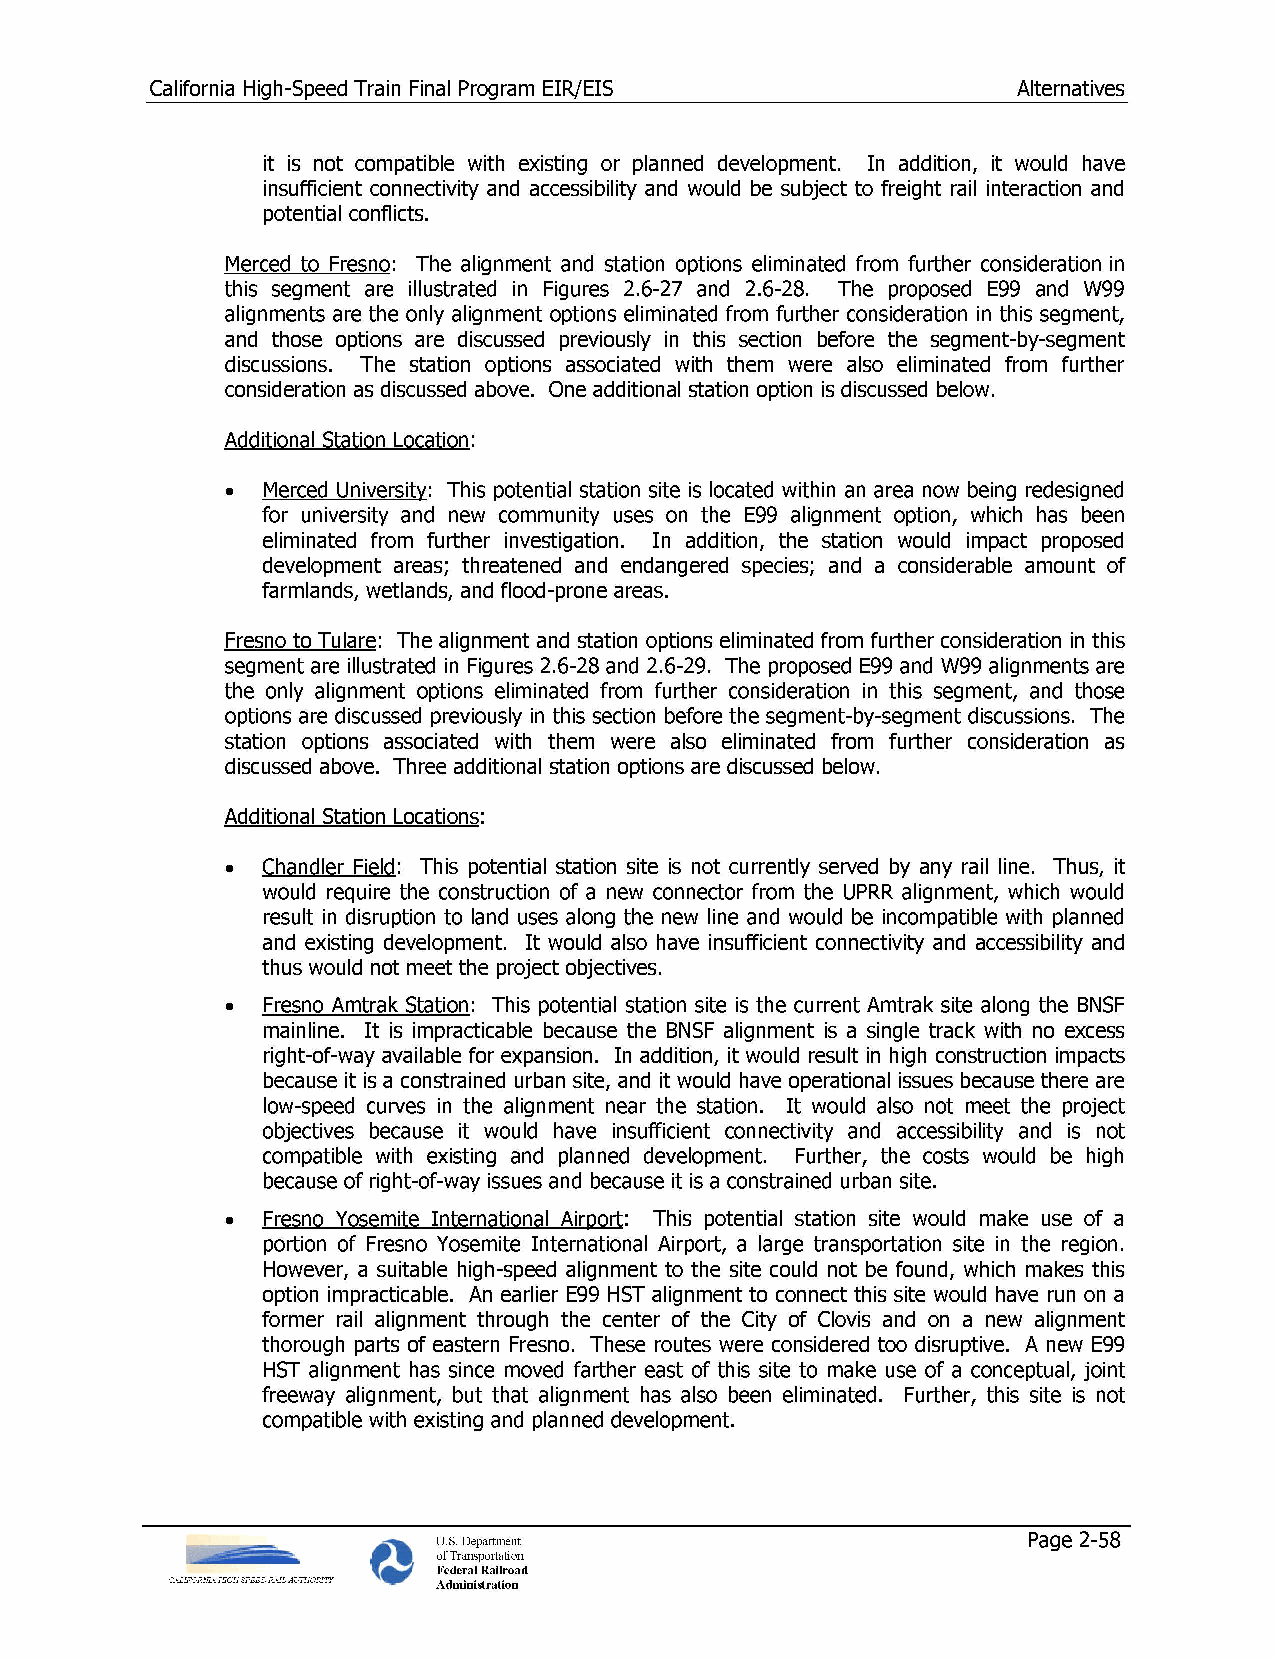
California High-Speed Train Final Program EIR/EIS        Alternatives
 it is not compatible with existing or planned development. In addition, it would have
 insufficient connectivity and accessibility and would be subject to freight rail interaction and
 potential conflicts.
 Merced to Fresno: The alignment and station options eliminated from further consideration in
 this segment are illustrated in Figures 2.6-27 and 2.6-28. The proposed E99 and W99
 alignments are the only alignment options eliminated from further consideration in this segment,
 and those options are discussed previously in this section before the segment-by-segment
 discussions. The station options associated with them were also eliminated from further
 consideration as discussed above. One additional station option is discussed below.
 Additional Station Location:
 • Merced University: This potential station site is located within an area now being redesigned
 for university and new community uses on the E99 alignment option, which has been
 eliminated from further investigation. In addition, the station would impact proposed
 development areas; threatened and endangered species; and a considerable amount of
 farmlands, wetlands, and flood-prone areas.
 Fresno to Tulare: The alignment and station options eliminated from further consideration in this
 segment are illustrated in Figures 2.6-28 and 2.6-29. The proposed E99 and W99 alignments are
 the only alignment options eliminated from further consideration in this segment, and those
 options are discussed previously in this section before the segment-by-segment discussions. The
 station options associated with them were also eliminated from further consideration as
 discussed above. Three additional station options are discussed below.
 Additional Station Locations:
 • Chandler Field: This potential station site is not currently served by any rail line. Thus, it
 would require the construction of a new connector from the UPRR alignment, which would
 result in disruption to land uses along the new line and would be incompatible with planned
 and existing development. It would also have insufficient connectivity and accessibility and
 thus would not meet the project objectives.
 • Fresno Amtrak Station: This potential station site is the current Amtrak site along the BNSF
 mainline. It is impracticable because the BNSF alignment is a single track with no excess
 right-of-way available for expansion. In addition, it would result in high construction impacts
 because it is a constrained urban site, and it would have operational issues because there are
 low-speed curves in the alignment near the station. It would also not meet the project
 objectives because it would have insufficient connectivity and accessibility and is not
 compatible with existing and planned development. Further, the costs would be high
 because of right-of-way issues and because it is a constrained urban site.
 • Fresno Yosemite International Airport: This potential station site would make use of a
 portion of Fresno Yosemite International Airport, a large transportation site in the region.
 However, a suitable high-speed alignment to the site could not be found, which makes this
 option impracticable. An earlier E99 HST alignment to connect this site would have run on a
 former rail alignment through the center of the City of Clovis and on a new alignment
 thorough parts of eastern Fresno. These routes were considered too disruptive. A new E99
 HST alignment has since moved farther east of this site to make use of a conceptual, joint
 freeway alignment, but that alignment has also been eliminated. Further, this site is not
 compatible with existing and planned development.
 U.S. Department                        Page 2-58
 of Transportation
 Federal Railroad
 Administration